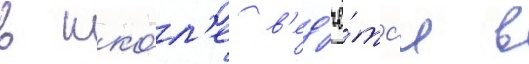
в шко́л'е в'ед'ё́тс'я в